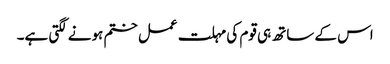
اس کے ساتھ ہی قوم کی مہلت عمل ختم ہونے لگتی ہے۔